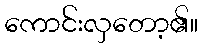
ကောင်းလှတော့၏။